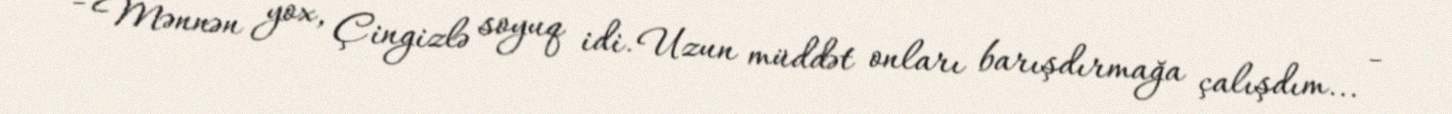
- Mənnən yox, Çingizlə soyuq idi. Uzun müddət onları barışdırmağa çalışdım... -